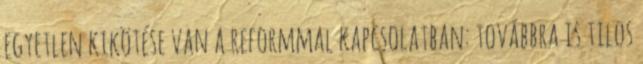
egyetlen kikötése van a reformmal kapcsolatban: továbbra is tilos